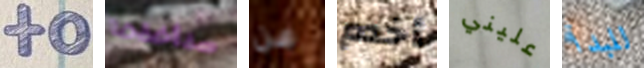
to سنأخذها عن أخدم عليني للبدأ